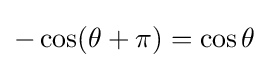
-\cos(\theta +\pi )=\cos \theta